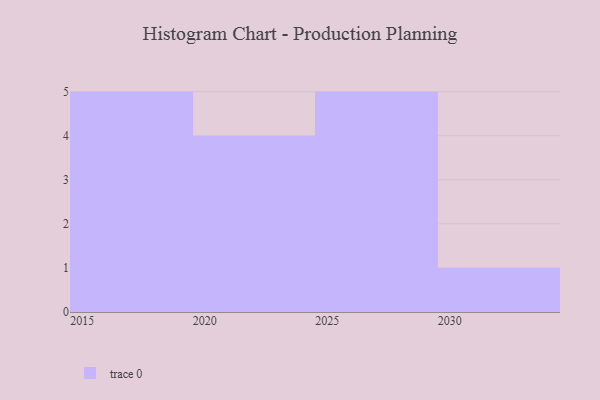
{"axis": {"x": "Year", "y": "LTV (USD)"}, "legend": [""], "data": [{"x": "2017", "y": 35, "type": ""}, {"x": "2025", "y": 75, "type": ""}, {"x": "2029", "y": 16, "type": ""}, {"x": "2019", "y": 59, "type": ""}, {"x": "2030", "y": 28, "type": ""}, {"x": "2018", "y": 24, "type": ""}, {"x": "2023", "y": 2, "type": ""}, {"x": "2021", "y": 43, "type": ""}, {"x": "2026", "y": 40, "type": ""}, {"x": "2022", "y": 83, "type": ""}, {"x": "2015", "y": 46, "type": ""}, {"x": "2028", "y": 2, "type": ""}, {"x": "2027", "y": 85, "type": ""}, {"x": "2024", "y": 68, "type": ""}, {"x": "2016", "y": 6, "type": ""}]}